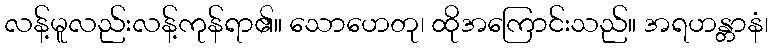
လန့်မူလည်းလန့်ကုန်ရာ၏။ သောဟေတု၊ ထိုအကြောင်းသည်။ အရဟန္တာနံ၊